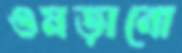
গুমড়ানো